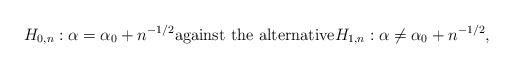
LaTeX: \begin{align*}H_{0,n}: \alpha = \alpha_0 + n^{-1/2} \textnormal{against the alternative} H_{1,n}: \alpha \neq \alpha_0 + n^{-1/2},\end{align*}